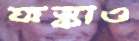
ফস্‌কাও